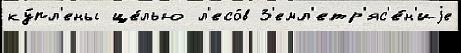
ку́пл'ены це́лью л'есо́в З'емл'етр'яс'е́н'иjе